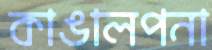
কাঙালপনা